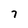
Character: 7